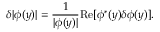
\delta | \phi ( y ) | = \frac { 1 } { | \phi ( y ) | } \mathrm { R e } [ \phi ^ { * } ( y ) \delta \phi ( y ) ] .